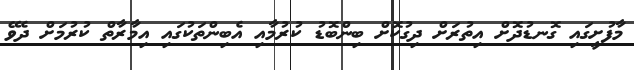
މާފުށީގައި ގޮނޑުދޮށް އިތުރަށް ދިގުކޮށް ބިންބޮޑު ކުރުމާއި އެބިންތަކުގައި އިމާރާތް ކުރުމަށް ދެވޭ